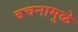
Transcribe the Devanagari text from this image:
वचनामुळे